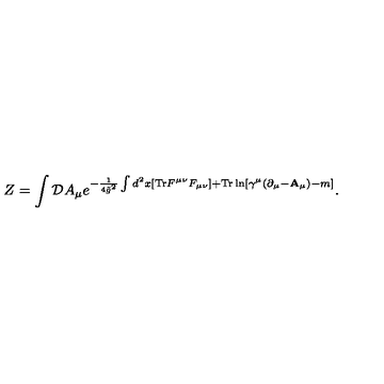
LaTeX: Z = \int { \cal D } A _ { \mu } e ^ { - { \frac { 1 } { 4 { \tilde { g } } ^ { 2 } } } \int d ^ { 2 } x [ \mathrm { T r } F ^ { \mu \nu } F _ { \mu \nu } ] + \mathrm { T r } \ln [ \gamma ^ { \mu } ( \partial _ { \mu } - { \bf A } _ { \mu } ) - m ] } .